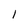
Character: 1